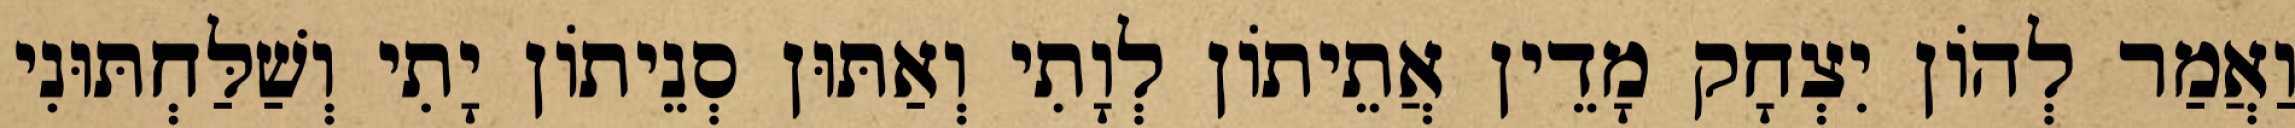
וַאֲמַר לְהוֹן יִצְחָק מָדֵין אֲתֵיתוֹן לְוָתִי וְאַתּוּן סְנֵיתוֹן יָתִי וְשַׁלַּחְתּוּנִי